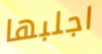
اجلبها